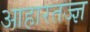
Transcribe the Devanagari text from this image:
आहारतज्ज्ञ